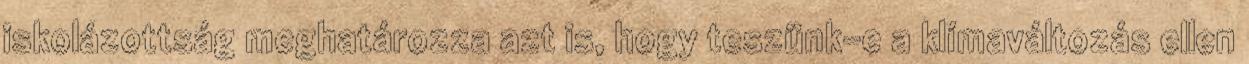
iskolázottság meghatározza azt is, hogy teszünk-e a klímaváltozás ellen